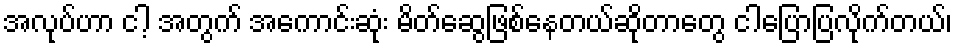
အလုပ်ဟာ ငါ့ အတွက် အကောင်းဆုံး မိတ်ဆွေဖြစ်နေတယ်ဆိုတာတွေ ငါပြောပြလိုက်တယ်၊